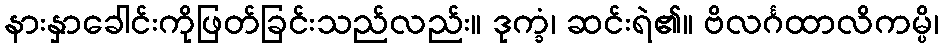
နားနှာခေါင်းကိုဖြတ်ခြင်းသည်လည်း။ ဒုက္ခံ၊ ဆင်းရဲ၏။ ဗိလင်္ဂထာလိကမ္ပိ၊